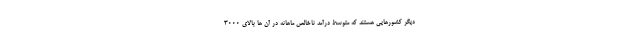
دیگر کشورهایی هستند که متوسط درآمد ناخالص ماهانه در آن ها بالای ۳۰۰۰